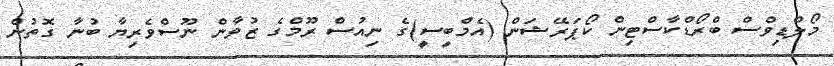
މޯލްޑިވްސް ބްރޯޑްކާސްޓިން ކޯޕަރޭޝަން (އެމްބީސީ)ގެ ނިއުސް ރޫމްގެ ޒުވާން ނޫސްވެރިޔާ ބުނާ ގޮތުން